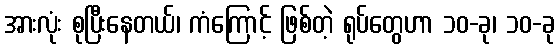
အားလုံး စုပြီးနေတယ်၊ ကံကြောင့် ဖြစ်တဲ့ ရုပ်တွေဟာ ၁၀-ခု၊ ၁၀-ခု